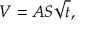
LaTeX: V = A S { \sqrt { t } } ,